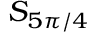
S _ { 5 \pi / 4 }